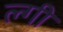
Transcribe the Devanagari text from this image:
ल्गी